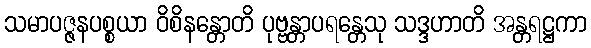
သမာပဇ္ဇနပစ္စယာ ဝိစိနန္တောတိ ပုဗ္ဗန္တာပရန္တေသု သဒ္ဒဟာတိ အန္တရဋ္ဌကာ